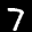
Label: 7